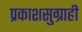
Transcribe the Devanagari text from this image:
प्रकाशसुग्राही